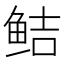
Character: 鲒